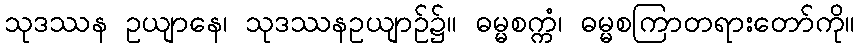
သုဒဿန ဥယျာနေ၊ သုဒဿနဥယျာဉ်၌။ ဓမ္မစက္ကံ၊ ဓမ္မစကြာတရားတော်ကို။